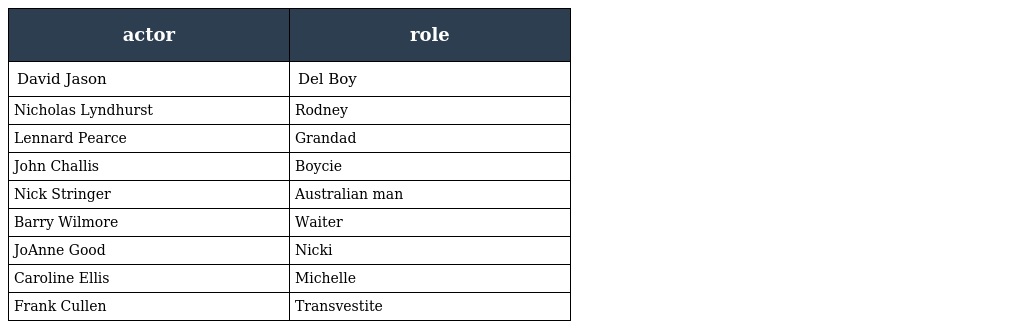
| actor | role |
 | --- | --- |
 | David Jason | Del Boy |
 | Nicholas Lyndhurst | Rodney |
 | Lennard Pearce | Grandad |
 | John Challis | Boycie |
 | Nick Stringer | Australian man |
 | Barry Wilmore | Waiter |
 | JoAnne Good | Nicki |
 | Caroline Ellis | Michelle |
 | Frank Cullen | Transvestite |